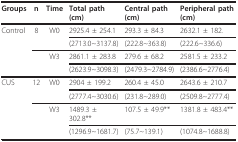
| Groups | n | Time | Total path (cm) | Central path (cm) | Peripheral path (cm) |
 | --- | --- | --- | --- | --- | --- |
 | Control | 8 | W0 | 2925.4 ± 254.1 | 293.3 ± 84.3 | 2632.1 ± 182. |
 |  |  |  | (2713.0~3137.8) | (222.8~363.8) | (222.6~336.6) |
 |  |  | W3 | 2861.1 ± 283.8 | 279.6 ± 68.2 | 2581.5 ± 233.2 |
 |  |  |  | (2623.9~3098.3) | (2479.3~2784.9) | (2386.6~2776.4) |
 | CUS | 12 | W0 | 2904 ± 199.2 | 260.4 ± 45.0 | 2643.6 ± 210.7 |
 |  |  |  | (2777.4~3030.6) | (231.8~289.0) | (2509.8~2777.4) |
 |  |  | W3 | 1489.3 ± 302.8** | 107.5 ± 49.9** | 1381.8 ± 483.4** |
 |  |  |  | (1296.9~1681.7) | (75.7~139.1) | (1074.8~1688.8) |